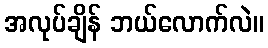
အလုပ်ချိန် ဘယ်လောက်လဲ။